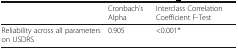
|  | Cronbach’s Alpha | Interclass Correlation Coefficient F-Test |
 | --- | --- | --- |
 | Reliability across all parameters on USDRS | 0.905 | <0.001* |